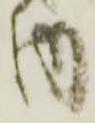
内